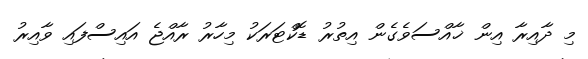
މި ދާއިރާ އިން ޚާއްސަވެގެން އިތުރު ޑޮކްޓަރަކު މިހާރު ރާއްޖެ އައިސްފައި ވާއިރު